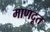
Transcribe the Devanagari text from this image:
माणदूत